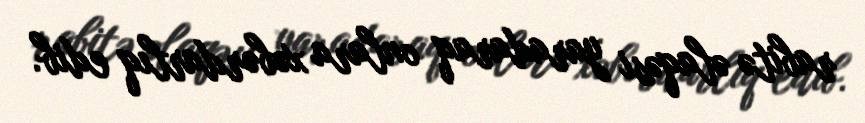
rabitə əlaqəsi yaradaraq onlara xəbərdarlıq edib.